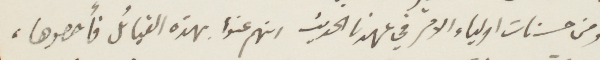
ومن حسنات اولياء الامر في عهدنا الحديث انهم عنوا بهذه القبائل وأحصوها،